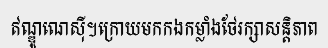
ឥណ្ឌូណេស៊ី។ក្រោយមកកងកម្លាំងថែរក្សាសន្តិភាព